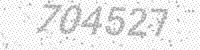
Solution: 704527